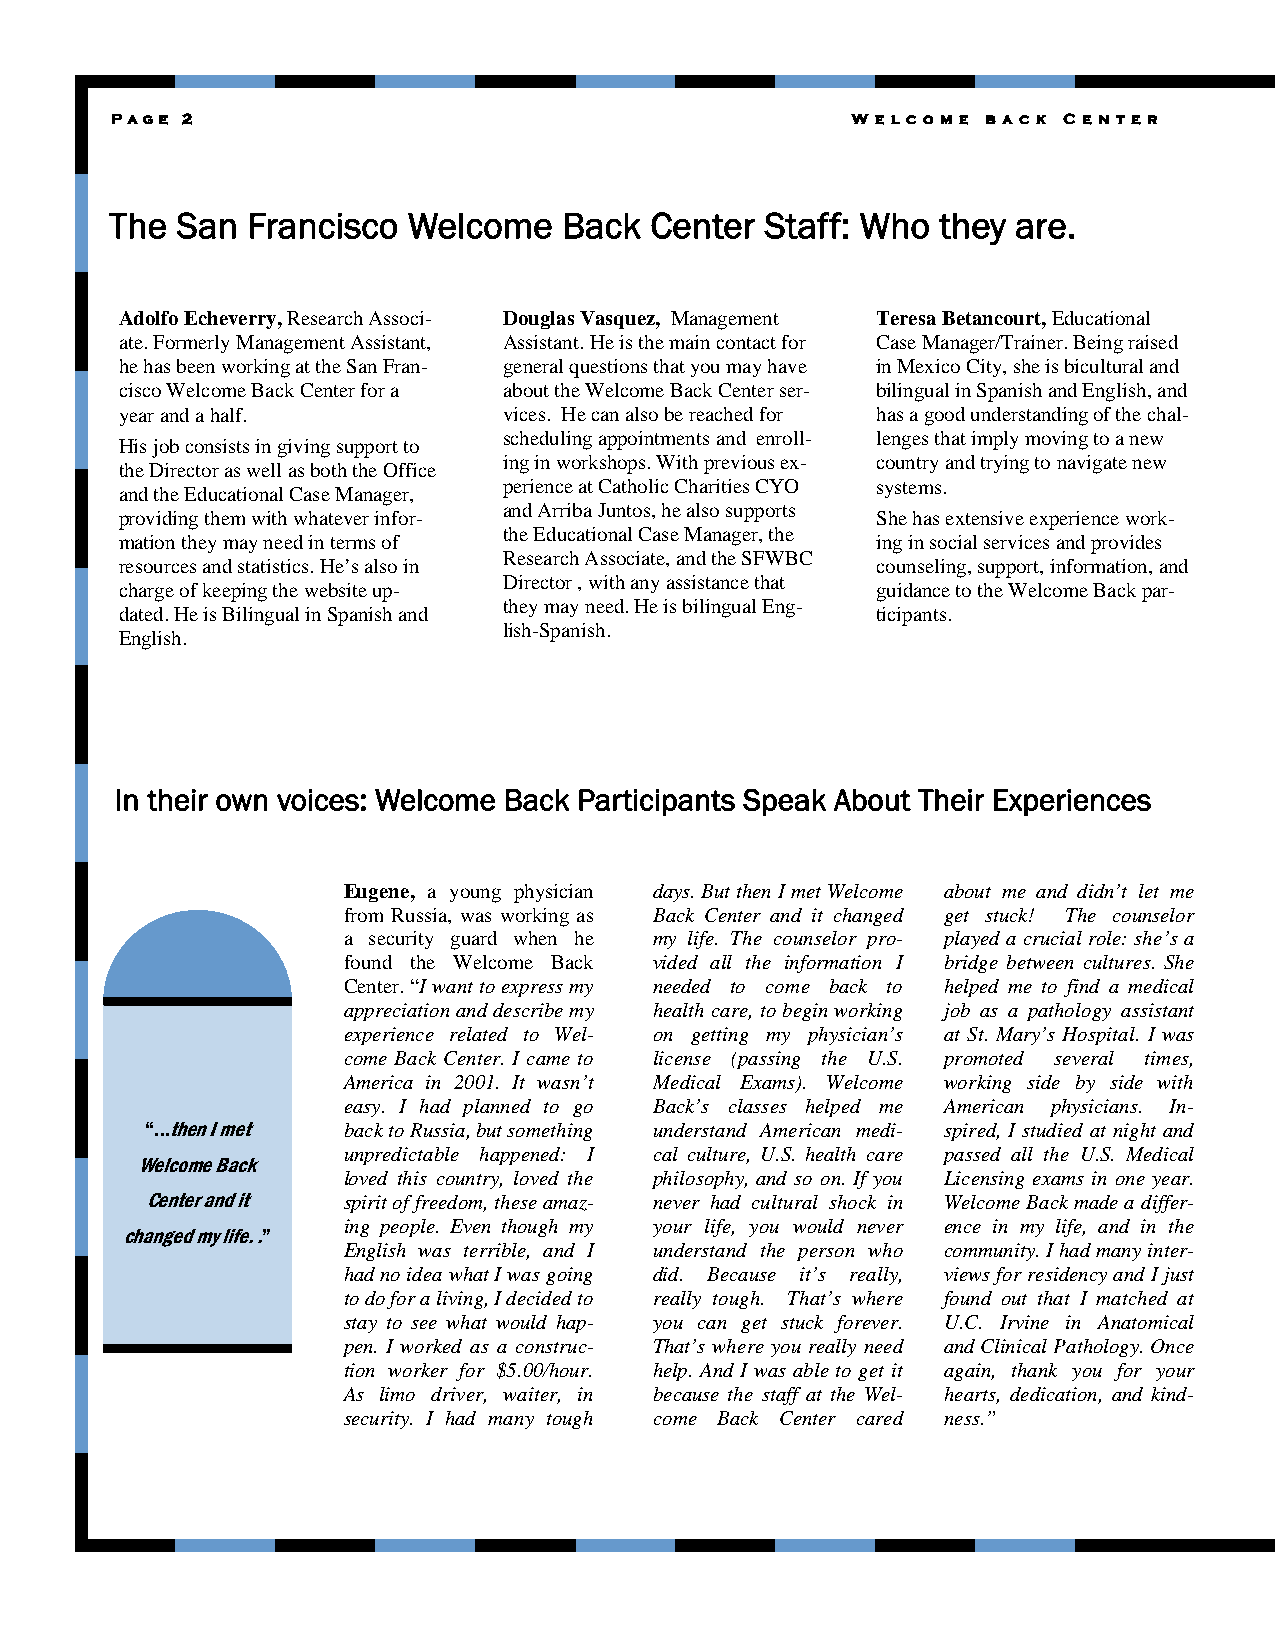
Page 2                                           W e l c o m e b a c k C e n t e r
 The  San Francisco  Welcome   Back  Center  Staff: Who they are.
 Adolfo Echeverry, Research Associ- Douglas Vasquez, Management Teresa Betancourt, Educational
 ate. Formerly Management Assistant, Assistant. He is the main contact for Case Manager/Trainer. Being raised
 he has been working at the San Fran- general questions that you may have in Mexico City, she is bicultural and
 cisco Welcome Back Center for a about the Welcome Back Center ser- bilingual in Spanish and English, and
 year and a half.         vices. He can also be reached for has a good understanding of the chal-
 scheduling appointments and enroll- lenges that imply moving to a new
 His job consists in giving support to
 ing in workshops. With previous ex- country and trying to navigate new
 the Director as well as both the Office
 perience at Catholic Charities CYO systems.
 and the Educational Case Manager,
 and Arriba Juntos, he also supports
 providing them with whatever infor-               She has extensive experience work-
 the Educational Case Manager, the
 mation they may need in terms of                  ing in social services and provides
 Research Associate, and the SFWBC
 resources and statistics. He’s also in            counseling, support, information, and
 Director , with any assistance that
 charge of keeping the website up-                 guidance to the Welcome Back par-
 they may need. He is bilingual Eng-
 dated. He is Bilingual in Spanish and             ticipants.
 lish-Spanish.
 English.
 In their own voices: Welcome Back Participants Speak About Their Experiences
 Eugene, a young physician days. But then I met Welcome about me and didn’t let me
 from Russia, was working as Back Center and it changed get stuck! The counselor
 a security guard when he my life. The counselor pro- played a crucial role: she’s a
 found the Welcome Back vided all the information I bridge between cultures. She
 Center. “I want to express my needed to come back to helped me to find a medical
 appreciation and describe my health care, to begin working job as a pathology assistant
 experience related to Wel- on getting my physician’s at St. Mary’s Hospital. I was
 come Back Center. I came to license (passing the U.S. promoted several times,
 America in 2001. It wasn’t Medical Exams). Welcome working side by side with
 easy. I had planned to go Back’s classes helped me American physicians. In-
 “...then I met back to Russia, but something understand American medi- spired, I studied at night and
 unpredictable happened: I cal culture, U.S. health care passed all the U.S. Medical
 Welcome Back
 loved this country, loved the philosophy, and so on. If you Licensing exams in one year.
 Center and it spirit of freedom, these amaz- never had cultural shock in Welcome Back made a differ-
 ing people. Even though my your life, you would never ence in my life, and in the
 changed my life. .”
 English was terrible, and I understand the person who community. I had many inter-
 had no idea what I was going did. Because it’s really, views for residency and I just
 to do for a living, I decided to really tough. That’s where found out that I matched at
 stay to see what would hap- you can get stuck forever. U.C. Irvine in Anatomical
 pen. I worked as a construc- That’s where you really need and Clinical Pathology. Once
 tion worker for $5.00/hour. help. And I was able to get it again, thank you for your
 As limo driver, waiter, in because the staff at the Wel- hearts, dedication, and kind-
 security. I had many tough come Back Center cared ness.”